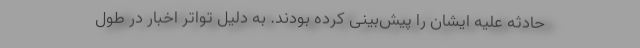
حادثه علیه ایشان را پیش‌بینی کرده بودند. به دلیل تواتر اخبار در طول